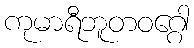
ကုမာရီဘူတဝဂ္ဂေါ